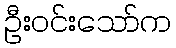
ဦးဝင်းသော်က